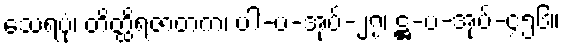
သေရပုံ၊ တိတ္ထိရဇာတက၊ ပါ-ပ-အုပ်-၂၇၊ ဋ္ဌ-ပ-အုပ်-၄၅၆။